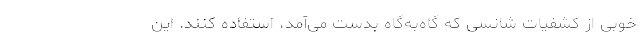
خوبی از کشفیات شانسی‌ که گاه‌به‌گاه بدست می‌آمد، استفاده کنند. این